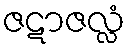
ဇဋာဇလ္လံ